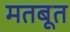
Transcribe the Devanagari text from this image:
मतबूत